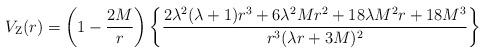
LaTeX: \begin{align*}V_{\rm Z}(r) = \left ( 1 -{2M\over r} \right ) \left \{\frac{2 \lambda^2(\lambda+1) r^3 + 6\lambda^2 M r^2 + 18\lambda M^2 r + 18 M^3}{r^3(\lambda r + 3 M )^2}\right \}\end{align*}